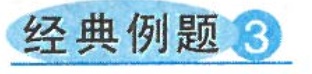
经典例题3